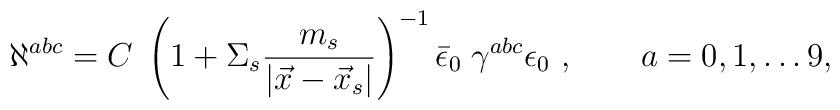
\aleph^{abc}  = C\;\left (1+ \Sigma_s  {m_s \over  |\vec x - \vec  x_s|}\right )^{-1} \bar\epsilon_0 \;\gamma^{abc} \epsilon_0\ , \qquad a = 0,1,\dots 9,